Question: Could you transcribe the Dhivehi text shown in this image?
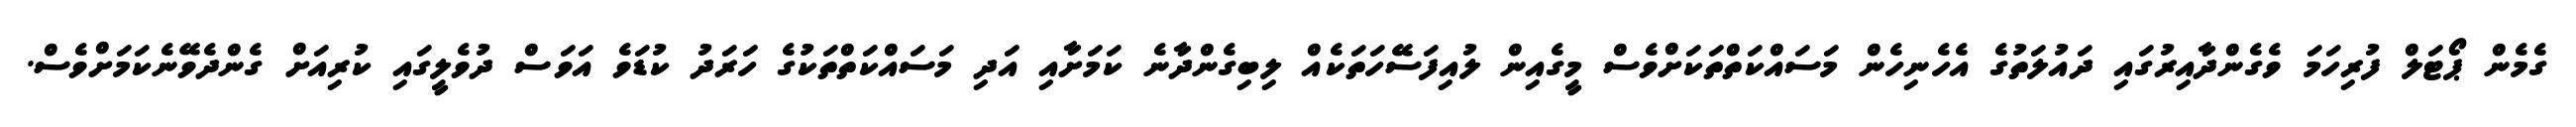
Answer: ގެމެން ޕޯޓަލް ފުރިހަމަ ވެގެންދާއިރުގައި ދައުލަތުގެ އެހެނިހެން މަސައްކަތްތަކަށްވެސް މީގެއިން ލުއިފަސޭހަތަކެއް ލިބިގެންދާނެ ކަމަށާއި އަދި މަސައްކަތްތަކުގެ ހަރަދު ކުޑަވެ އަވަސް ދުވެލީގައި ކުރިއަށް ގެންދެވޭނެކަމަށްވެސް.